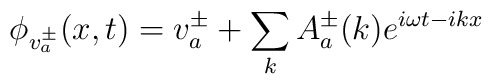
\phi_{v_a^\pm}(x,t)=v_a^\pm +\sum_k A_a^\pm (k) e^{i\omega t-ikx}